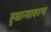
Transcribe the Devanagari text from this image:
ह्र्द्यान्त्रावरण